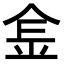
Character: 𨤾